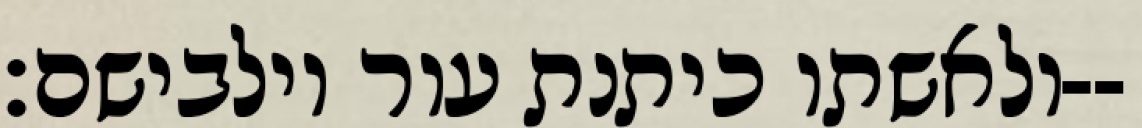
ולאשתו כיתנת עור וילבישם׃--